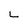
Character: L